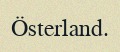
Österland.